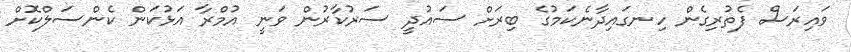
ވައިރަސް ފެތުރިގެން ހިނގައިދާނެކަމުގެ ބިރަށް ސައުދީ ސަރުކާރުން ވަނީ އުމްރާ އަޅުކަން ކެންސަލްކޮށް